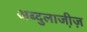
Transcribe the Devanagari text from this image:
अब्दुलाजी़ज़